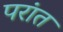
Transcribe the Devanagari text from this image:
परांत